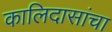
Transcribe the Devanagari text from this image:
कालिदासांचा